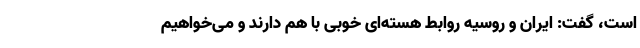
است، گفت: ایران و روسیه روابط هسته‌ای خوبی با هم دارند و می‌خواهیم